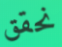
نحقق